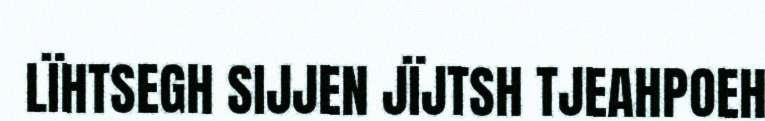
LÏHTSEGH SIJJEN JÏJTSH TJEAHPOEH